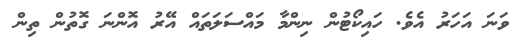
ވަނަ އަހަރު އެވެ. ހައިކޯޓުން ނިންމާ މައްސަލަތައް އޭރު އޮންނަ ގޮތުން ތިން